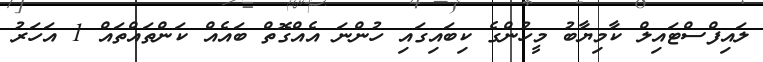
ލައިފްސްޓައިލް ކާމިޔާބު މީހުންގެ ކިބައިގައި ހުންނަ އެއްގޮތް ބައެއް ކަންތައްތައް 1 އަހަރު